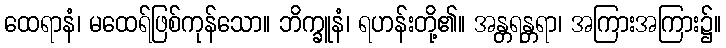
ထေရာနံ၊ မထေရ်ဖြစ်ကုန်သော။ ဘိက္ခူနံ၊ ရဟန်းတို့၏။ အန္တရန္တရာ၊ အကြားအကြား၌။